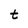
Character: t